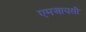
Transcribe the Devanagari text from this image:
एमआयसी